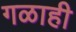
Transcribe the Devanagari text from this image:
गळाही